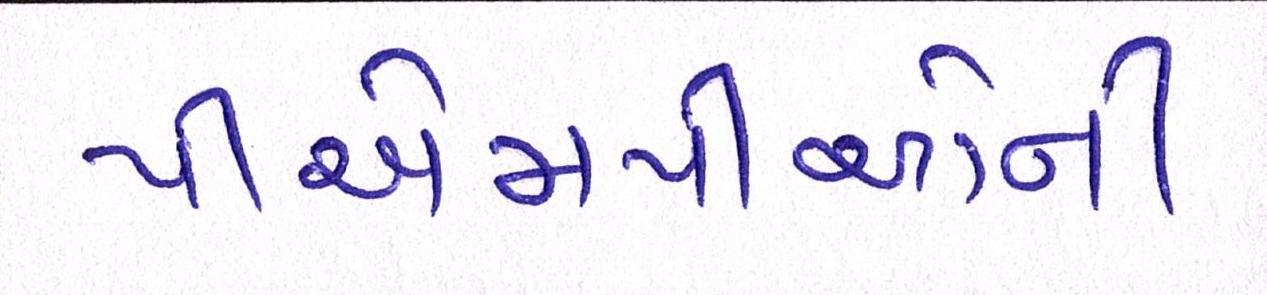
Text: પીએમપીઓની